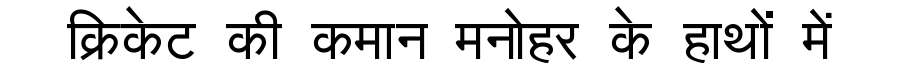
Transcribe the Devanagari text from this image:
क्रिकेट की कमान मनोहर के हाथों में